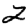
Digit: 2